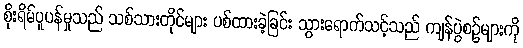
စိုးရိမ်ပူပန်မှုသည် သစ်သားတိုင်များ ပစ်ထားခဲ့ခြင်း သွားရောက်သင့်သည် ကျန်ပွဲစဉ်များကို